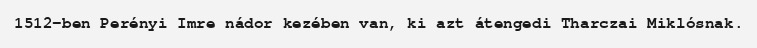
1512-ben Perényi Imre nádor kezében van, ki azt átengedi Tharczai Miklósnak.